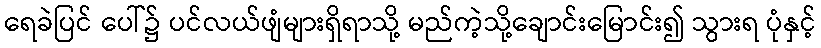
ရေခဲပြင် ပေါ်၌ ပင်လယ်ဖျံများရှိရာသို့ မည်ကဲ့သို့ချောင်းမြောင်း၍ သွားရ ပုံနှင့်